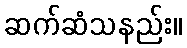
ဆက်ဆံသနည်း။